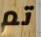
تم